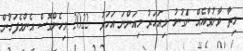
މިތާ ވާނުވާއެއް ނަެގުނު. މިއަހަރު މިއަންނަ އަހަރު  2022 މިހެންގޮސް އެންމެފަހުން